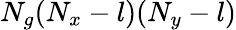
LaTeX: N_{g}(N_{x}-l)(N_{y}-l)